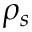
\rho _ { s }